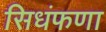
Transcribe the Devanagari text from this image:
सिधंफणा